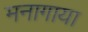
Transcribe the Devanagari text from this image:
मनागाया